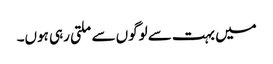
میں بہت سے لوگوں سے ملتی رہی ہوں۔